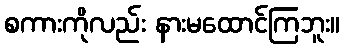
စကားကိုလည်း နားမထောင်ကြဘူး။